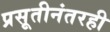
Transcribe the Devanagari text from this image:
प्रसूतीनंतरही